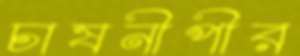
চাষনীপীর